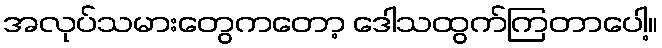
အလုပ်သမားတွေကတော့ ဒေါသထွက်ကြတာပေါ့။